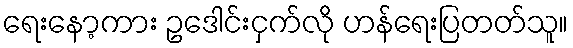
ရေးနော့ကား ဥဒေါင်းငှက်လို ဟန်ရေးပြတတ်သူ။